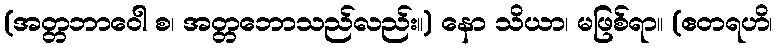
(အတ္တဘာဝေါ စ၊ အတ္တဘောသည်လည်း။) နော သိယာ၊ မဖြစ်ရာ။ (ဧတရဟိ၊